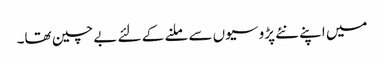
میں اپنے نئے پڑوسیوں سے ملنے کے لئے بے چین تھا۔